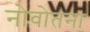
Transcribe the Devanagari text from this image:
नोवोतना